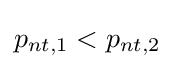
p_{nt,1}<p_{nt,2}